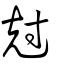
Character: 尅